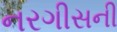
નરગીસની